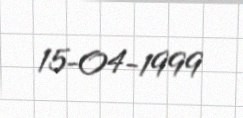
15-04-1999